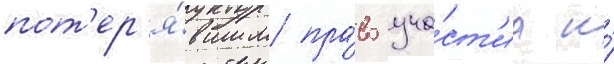
пот'ер'я́вшим пра́во уча́ст'иа и́